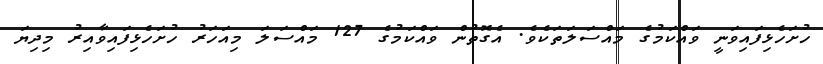
ހުށަހެޅިފައިވަނީ ވައްކަމުގެ މައްސަލަތަކެވެ. އެގޮތުން ވައްކަމުގެ 127 މައްސަލަ މިއަހަރު ހުށަހެޅިފައިވާއިރު މިދިޔަ